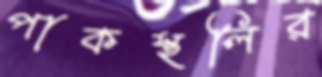
পাকস্থলির